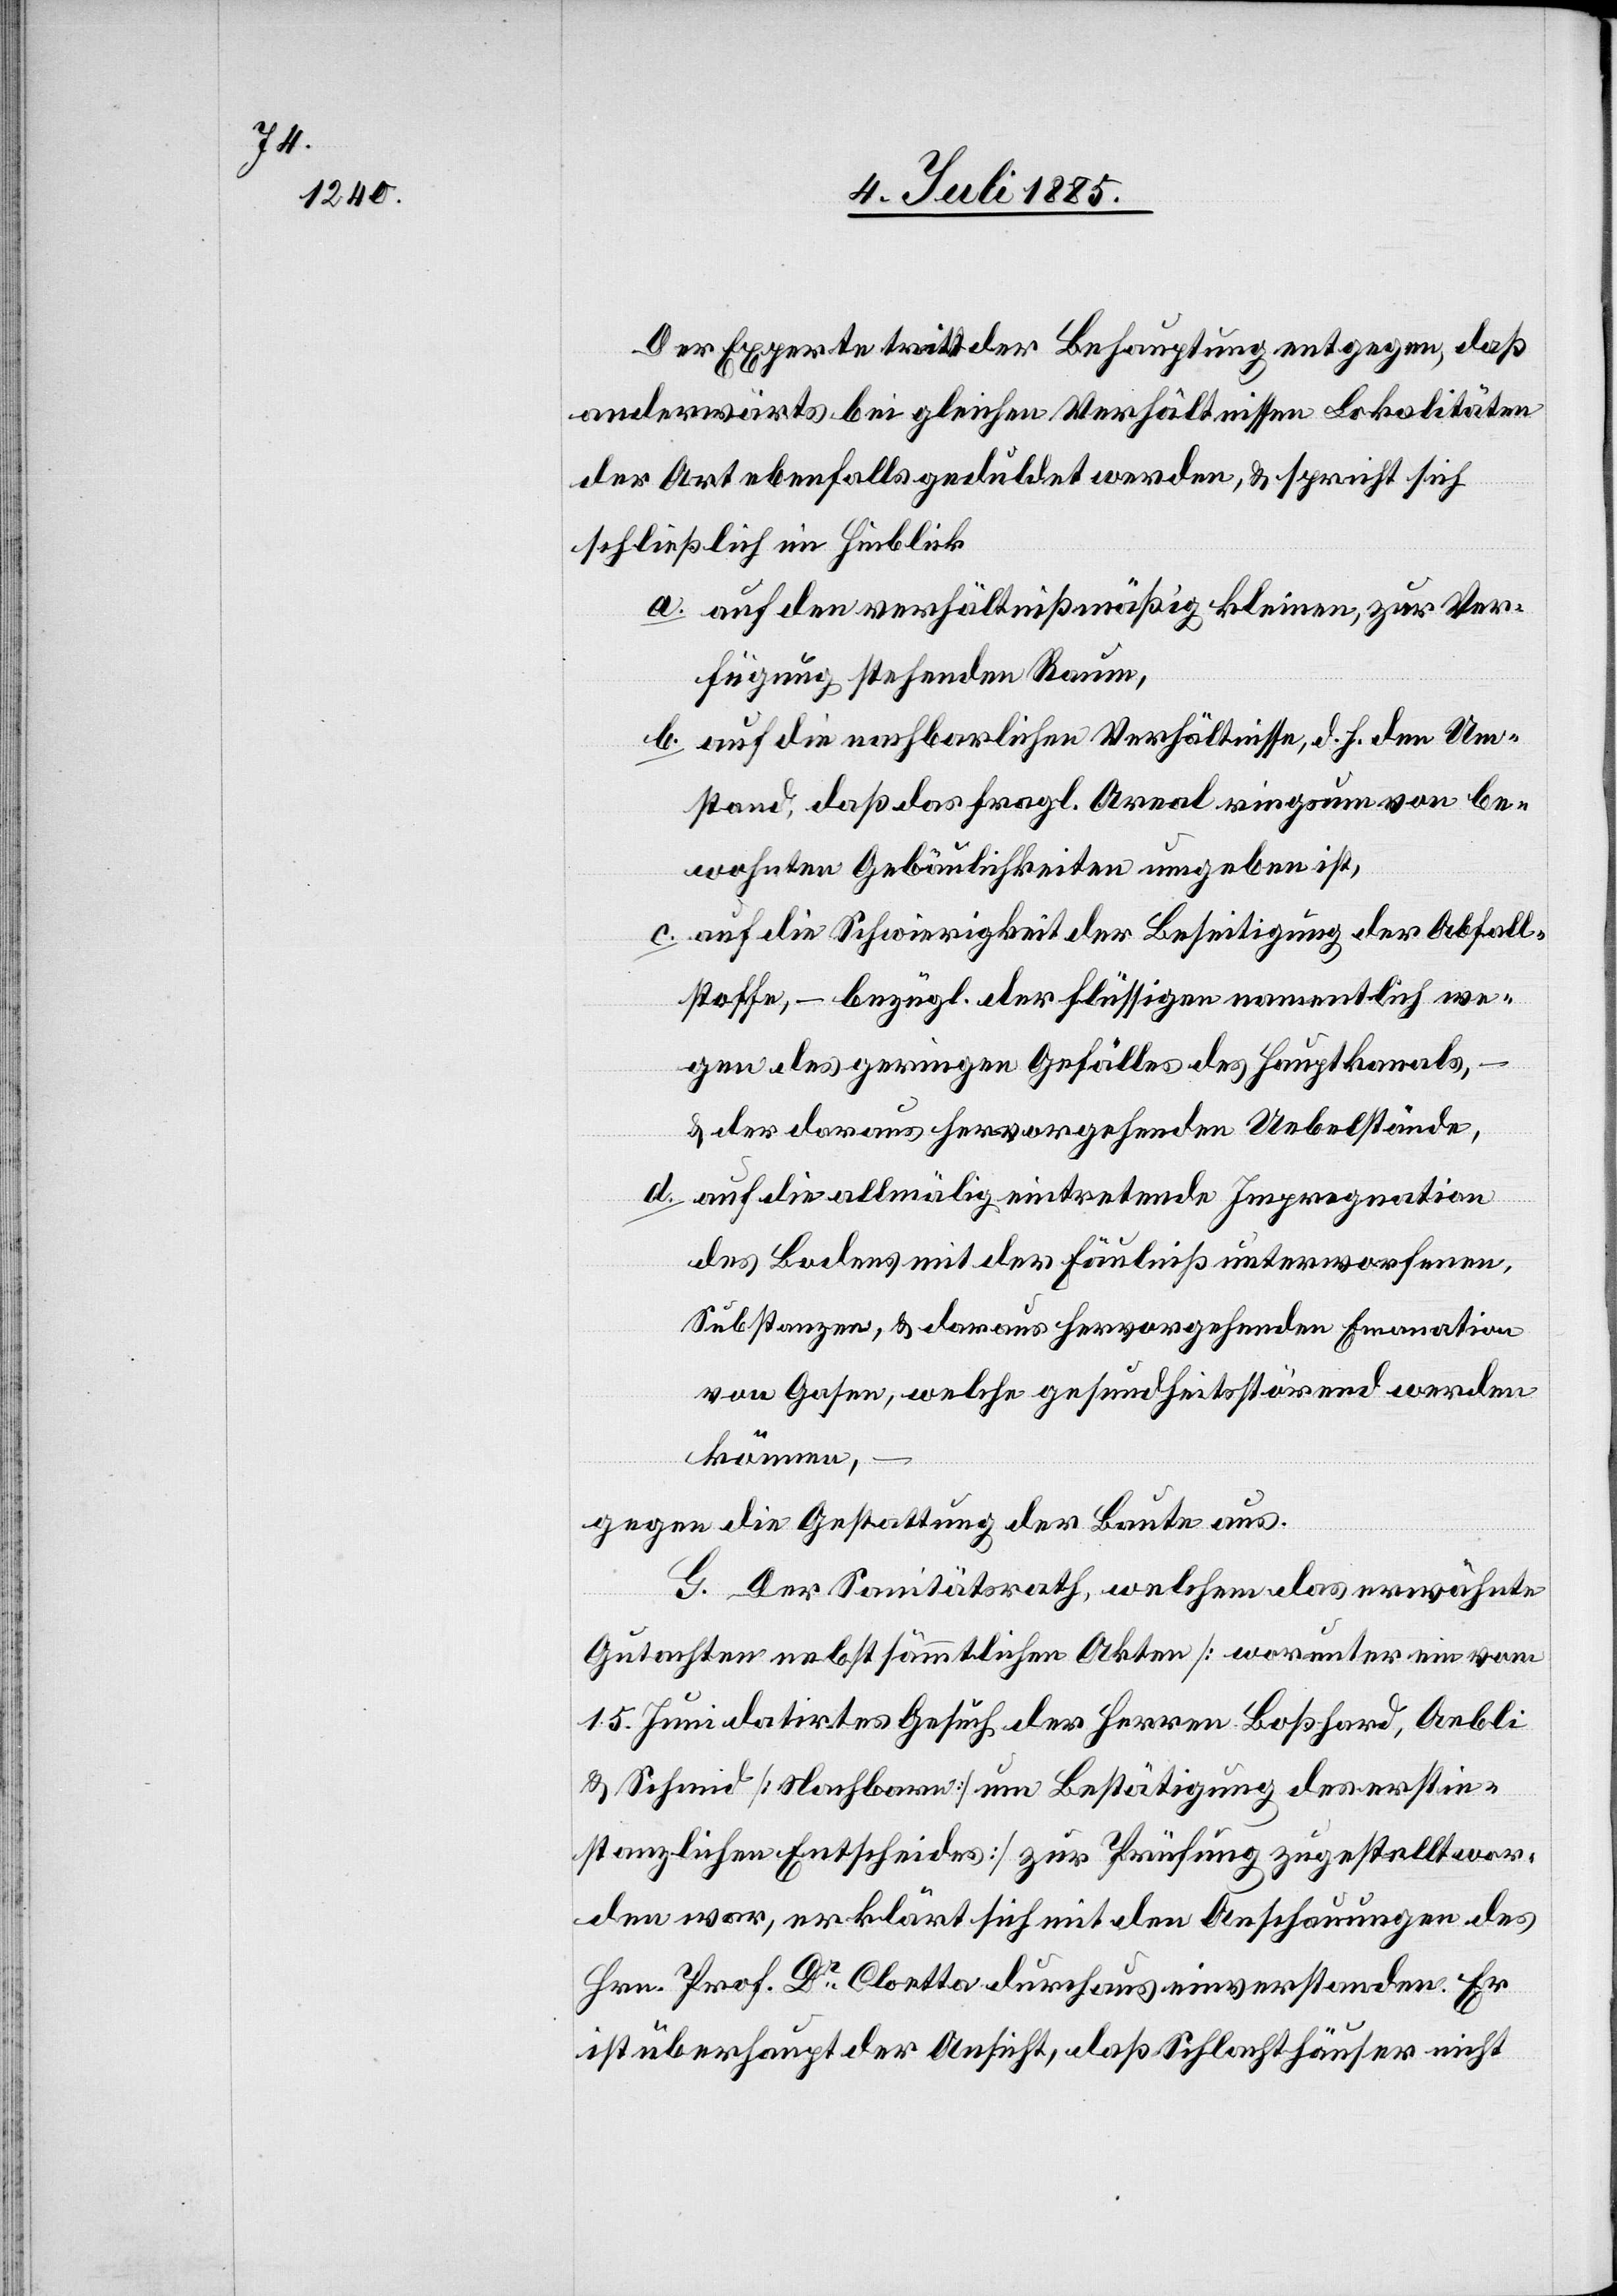
Der Experte tritt der Behauptung entgegen, daß
anderwärts bei gleichen Verhältnissen Lokalitäten
der Art ebenfalls geduldet werden & spricht sich
schließlich im Hinblick
a. auf den verhältnißmäßig kleinen, zur Ver¬
fügung stehenden Raum,
b. auf die nachbarlichen Verhältnisse, d. h. den Um¬
stand, daß das fragl. Areal ringsum von be¬
wohnten Gebäulichkeiten umgeben ist,
c. auf die Schwierigkeit der Beseitigung der Abfall¬
stoffe, – bezügl. der flüssigen namentlich we¬
gen des geringen Gefälles des Hauptkanals,
& der daraus hervorgehenden Uebelstände,
d. auf die allmälig eintretende Impregnation
des Bodens mit der Fäulniß unterworfenen
Substanzen, & daraus hervorgehenden Emanation
von Gasen, welche gesundheitsstörend werden
gegen die Gestattung der Baute aus.
G. Der Sanitätsrath, welchem das erwähnte
Gutachten nebst sämmtlichen Akten [worunter ein vom
15. Juni datirtes Gesuch der Herren Boßhard, Aebli
& Schmid [Nachbarn] um Bewilligung des erstin¬
stanzlichen Entscheides] zur Prüfung zugestellt wor¬
den war, erklärt sich mit den Anschauungen des
Hrn. Prof. Dr Cloetta durchaus einverstanden. Er
ist überhaupt der Ansicht, daß Schlachthäuser nicht